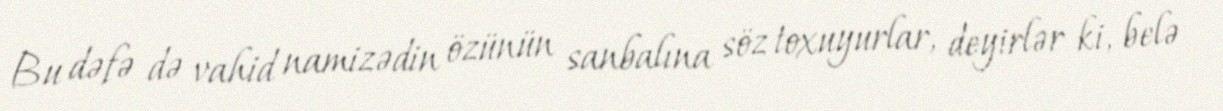
Bu dəfə də vahid namizədin özünün sanbalına söz toxuyurlar, deyirlər ki, belə